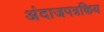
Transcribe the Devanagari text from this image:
अंदाजपत्रकिय